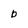
Character: b